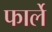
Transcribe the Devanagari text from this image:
फार्ले